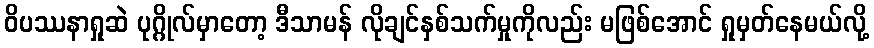
ဝိပဿနာရှုဆဲ ပုဂ္ဂိုလ်မှာတော့ ဒီသာမန် လိုချင်နှစ်သက်မှုကိုလည်း မဖြစ်အောင် ရှုမှတ်နေမယ်လို့